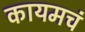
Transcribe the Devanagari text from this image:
कायमचं